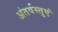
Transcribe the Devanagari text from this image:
अंतर्वस्तुएं